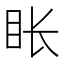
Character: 𬑇